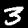
Digit: 3